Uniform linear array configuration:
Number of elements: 16
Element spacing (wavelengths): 0.75
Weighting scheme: binomial
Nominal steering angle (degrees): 15
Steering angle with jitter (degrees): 14.826
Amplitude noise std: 0.05
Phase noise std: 0.05

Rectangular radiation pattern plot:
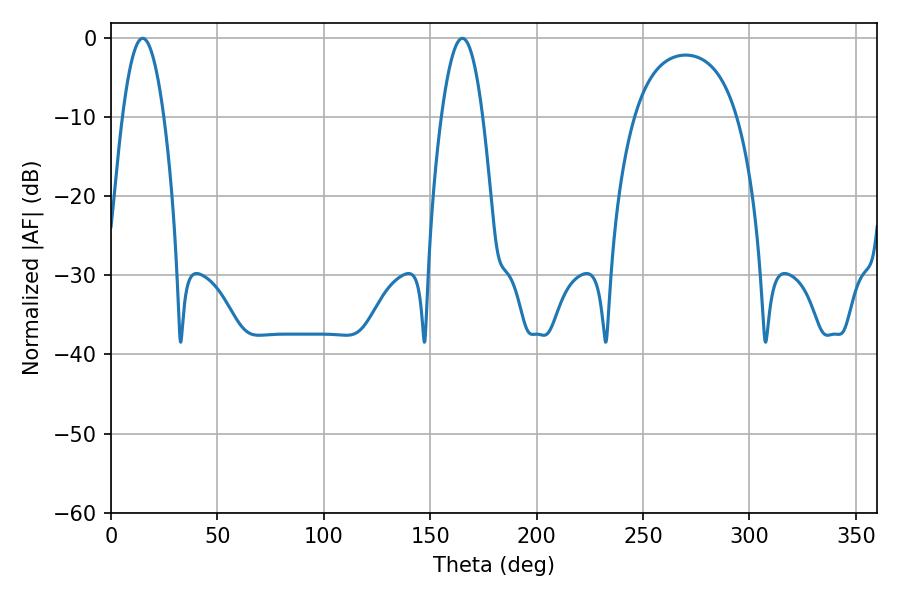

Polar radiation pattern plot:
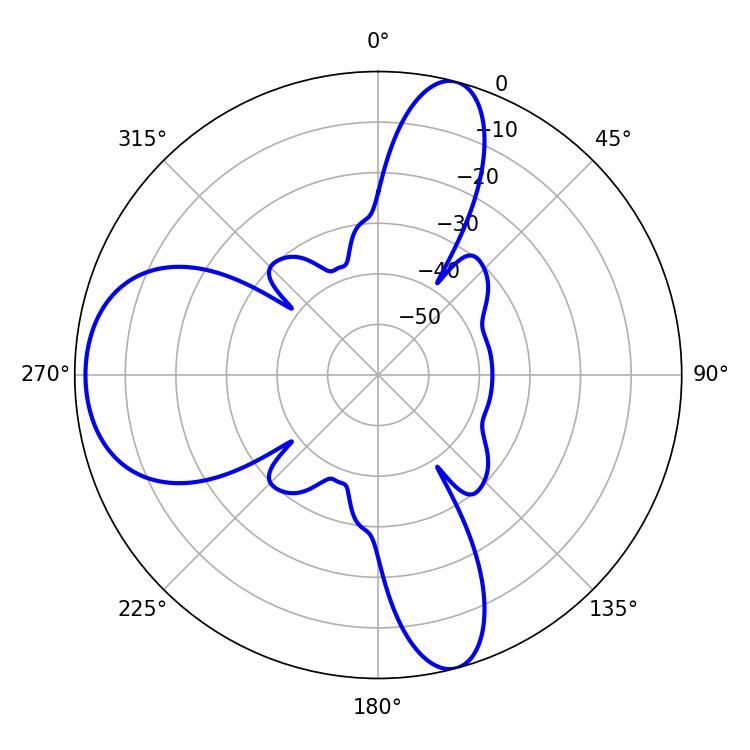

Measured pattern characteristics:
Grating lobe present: TRUE
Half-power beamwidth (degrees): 10.62
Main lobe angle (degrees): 14.94